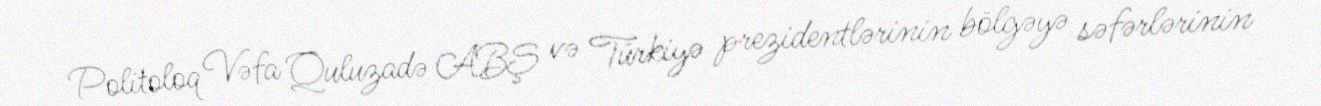
Politoloq Vəfa Quluzadə ABŞ və Türkiyə prezidentlərinin bölgəyə səfərlərinin